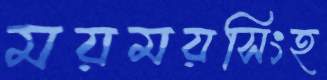
ময়ময়সিংহ